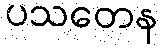
ပသတေန